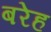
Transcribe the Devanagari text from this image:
बरेह